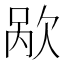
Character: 𬅥